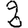
Digit: 2